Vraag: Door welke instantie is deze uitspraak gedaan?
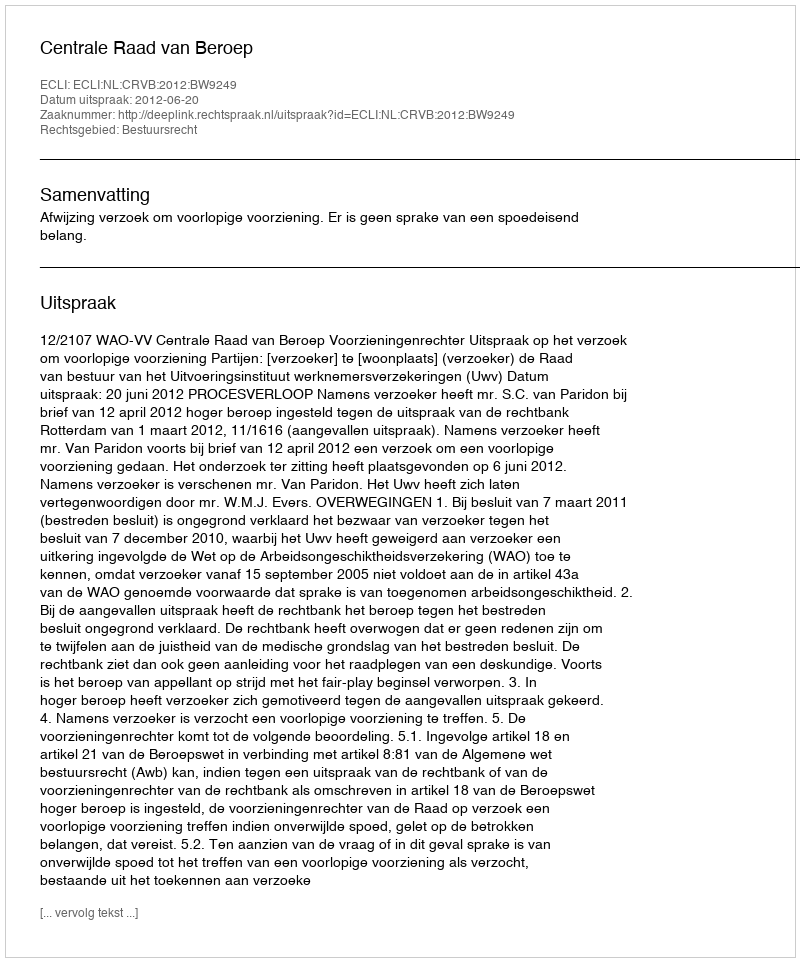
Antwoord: Centrale Raad van Beroep